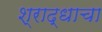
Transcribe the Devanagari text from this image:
श्राद्धाचा